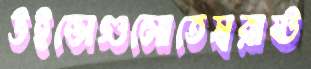
উইন্ডোগুলোতেস্বরাষ্ট